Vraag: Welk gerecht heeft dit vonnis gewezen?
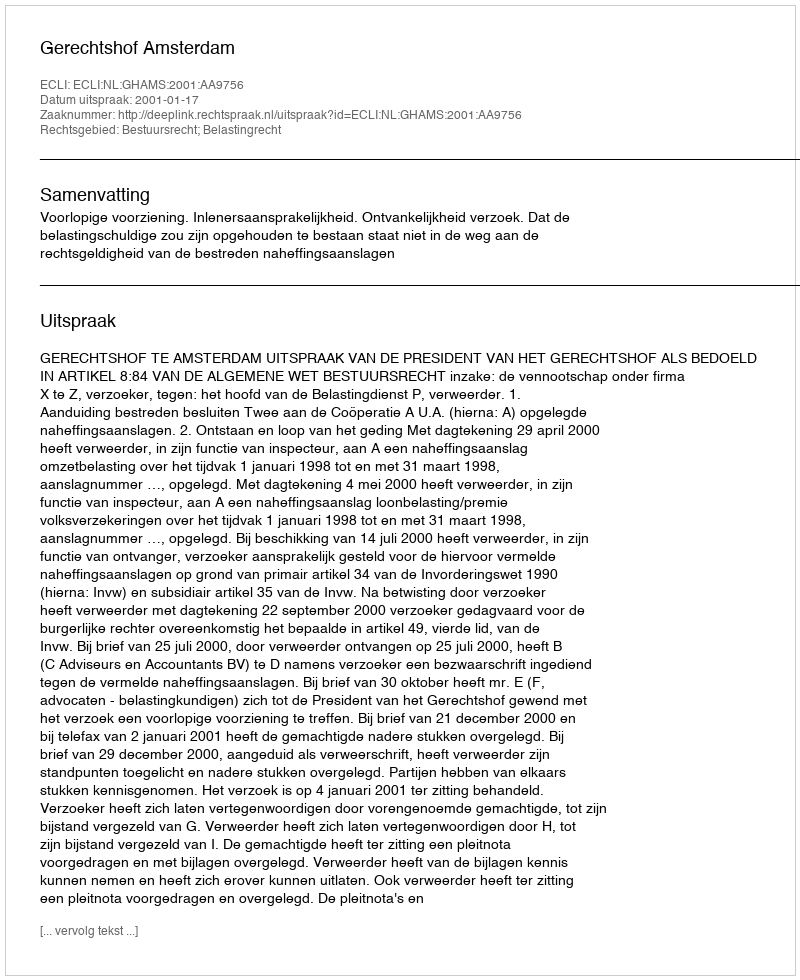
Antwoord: Gerechtshof Amsterdam